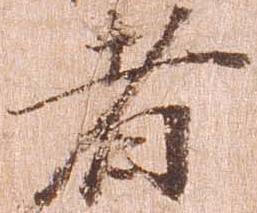
者